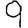
Digit: 9